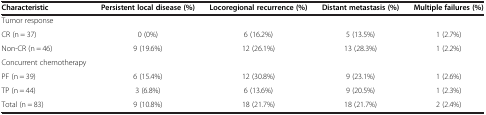
| Characteristic | Persistent local disease (%) | Locoregional recurrence (%) | Distant metastasis (%) | Multiple failures (%) |
 | --- | --- | --- | --- | --- |
 | Tumor response |  |  |  |  |
 | CR (n = 37) | 0 (0%) | 6 (16.2%) | 5 (13.5%) | 1 (2.7%) |
 | Non-CR (n = 46) | 9 (19.6%) | 12 (26.1%) | 13 (28.3%) | 1 (2.2%) |
 | Concurrent chemotherapy |  |  |  |  |
 | PF (n = 39) | 6 (15.4%) | 12 (30.8%) | 9 (23.1%) | 1 (2.6%) |
 | TP (n = 44) | 3 (6.8%) | 6 (13.6%) | 9 (20.5%) | 1 (2.3%) |
 | Total (n = 83) | 9 (10.8%) | 18 (21.7%) | 18 (21.7%) | 2 (2.4%) |